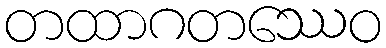
တထာဂတဿေဝ